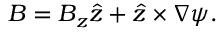
\boldsymbol { B } = B _ { z } \boldsymbol { \hat { z } } + \boldsymbol { \hat { z } } \times \nabla \psi .